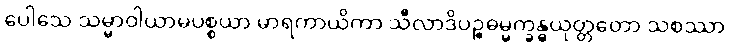
ပေါသေ သမ္မာဝါယာမပစ္စယာ မာရကာယိကာ သီလာဒိပဉ္စဓမ္မက္ခန္ဓယုတ္တတော သစဿာ